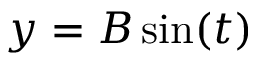
y = B \sin ( t )